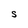
Character: S